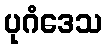
ပုဂံဒေသ